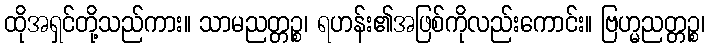
ထိုအရှင်တို့သည်ကား။ သာမညတ္တဉ္စ၊ ရဟန်း၏အဖြစ်ကိုလည်းကောင်း။ ဗြဟ္မညတ္တဉ္စ၊